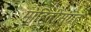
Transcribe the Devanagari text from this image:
माहितीसंग्रह